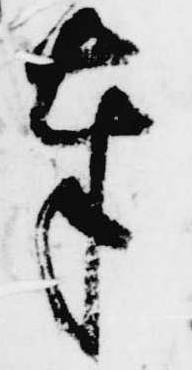
奉